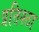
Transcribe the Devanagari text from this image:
प्रतिश्ठा